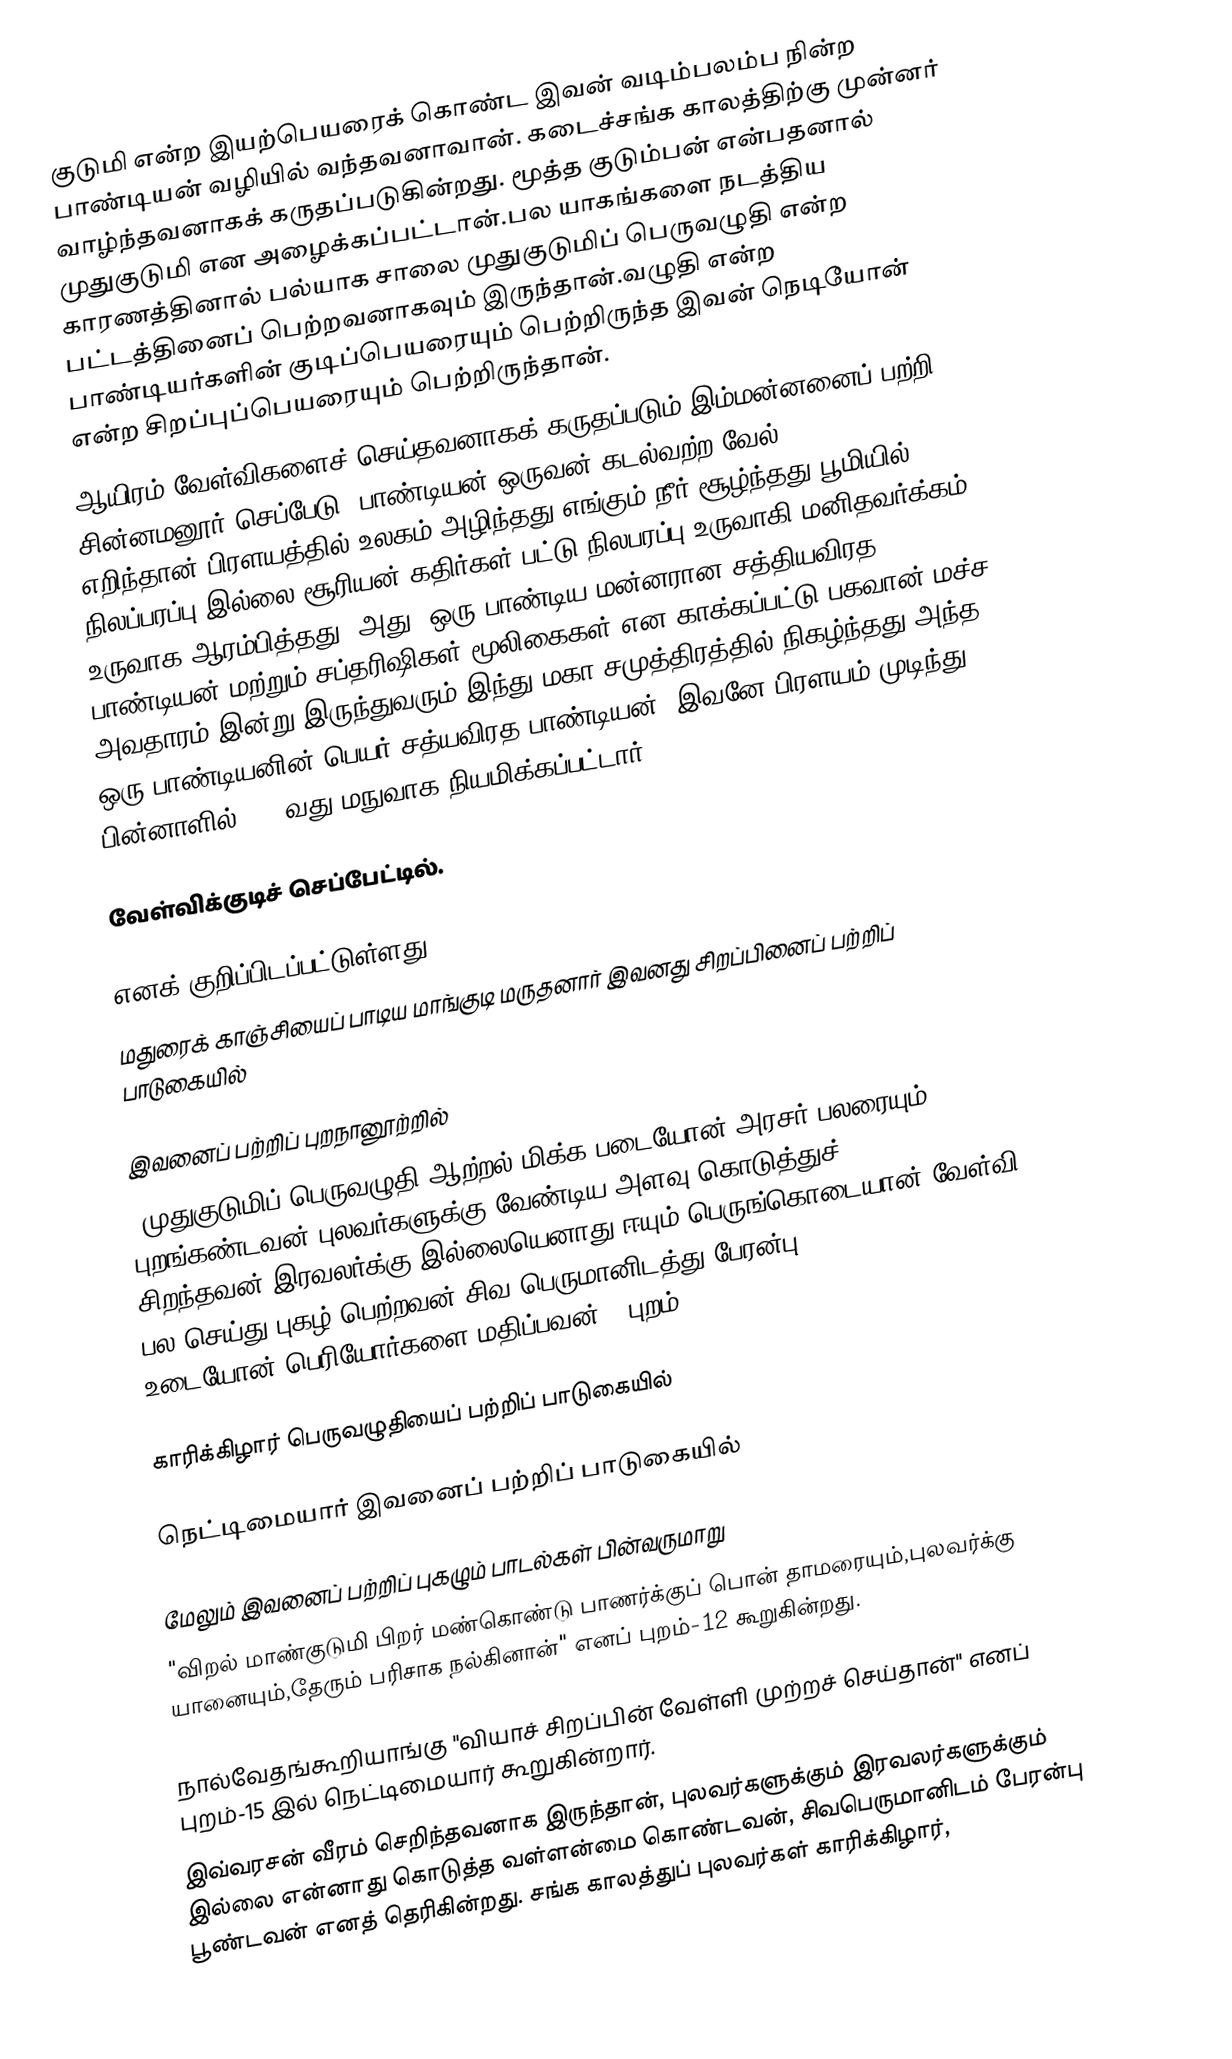
குடுமி என்ற இயற்பெயரைக் கொண்ட இவன் வடிம்பலம்ப நின்ற பாண்டியன் வழியில் வந்தவனாவான். கடைச்சங்க காலத்திற்கு முன்னர் வாழ்ந்தவனாகக் கருதப்படுகின்றது. மூத்த குடும்பன் என்பதனால் முதுகுடுமி என அழைக்கப்பட்டான்.பல யாகங்களை நடத்திய காரணத்தினால் பல்யாக சாலை முதுகுடுமிப் பெருவழுதி என்ற பட்டத்தினைப் பெற்றவனாகவும் இருந்தான்.வழுதி என்ற பாண்டியர்களின் குடிப்பெயரையும் பெற்றிருந்த இவன் நெடியோன் என்ற சிறப்புப்பெயரையும் பெற்றிருந்தான்.
ஆயிரம் வேள்விகளைச் செய்தவனாகக் கருதப்படும் இம்மன்னனைப் பற்றி சின்னமனூர் செப்பேடு "பாண்டியன் ஒருவன் கடல்வற்ற வேல் எறிந்தான்.பிரளயத்தில் உலகம் அழிந்தது.எங்கும் நீர் சூழ்ந்தது.பூமியில் நிலப்பரப்பு இல்லை.சூரியன் கதிர்கள் பட்டு நிலபரப்பு உருவாகி மனிதவர்க்கம் உருவாக ஆரம்பித்தது. அது, ஒரு பாண்டிய மன்னரான சத்தியவிரத பாண்டியன் மற்றும் சப்தரிஷிகள் மூலிகைகள் என காக்கப்பட்டு பகவான் மச்ச அவதாரம் இன்று இருந்துவரும் இந்து மகா சமுத்திரத்தில் நிகழ்ந்தது.அந்த ஒரு பாண்டியனின் பெயர் சத்யவிரத பாண்டியன். இவனே,பிரளயம் முடிந்து பின்னாளில், 7- வது மநுவாக நியமிக்கப்பட்டார்.

வேள்விக்குடிச் செப்பேட்டில்.

எனக் குறிப்பிடப்பட்டுள்ளது.
மதுரைக் காஞ்சியைப் பாடிய மாங்குடி மருதனார் இவனது சிறப்பினைப் பற்றிப் பாடுகையில்

இவனைப் பற்றிப் புறநானூற்றில்
"முதுகுடுமிப் பெருவழுதி ஆற்றல் மிக்க படையோன்;அரசர் பலரையும் புறங்கண்டவன்;புலவர்களுக்கு வேண்டிய அளவு கொடுத்துச் சிறந்தவன்;இரவலர்க்கு இல்லையெனாது ஈயும் பெருங்கொடையான்;வேள்வி பல செய்து புகழ் பெற்றவன்;சிவ பெருமானிடத்து பேரன்பு உடையோன்;பெரியோர்களை மதிப்பவன்" (புறம்-6,9,12,15,64)

காரிக்கிழார் பெருவழுதியைப் பற்றிப் பாடுகையில்

நெட்டிமையார் இவனைப் பற்றிப் பாடுகையில்

மேலும் இவனைப் பற்றிப் புகழும் பாடல்கள் பின்வருமாறு
"விறல் மாண்குடுமி பிறர் மண்கொண்டு பாணர்க்குப் பொன் தாமரையும்,புலவர்க்கு யானையும்,தேரும் பரிசாக நல்கினான்" எனப் புறம்-12 கூறுகின்றது.

நால்வேதங்கூறியாங்கு "வியாச் சிறப்பின் வேள்ளி முற்றச் செய்தான்" எனப் புறம்-15 இல் நெட்டிமையார் கூறுகின்றார்.
இவ்வரசன் வீரம் செறிந்தவனாக இருந்தான், புலவர்களுக்கும் இரவலர்களுக்கும் இல்லை என்னாது கொடுத்த வள்ளன்மை கொண்டவன், சிவபெருமானிடம் பேரன்பு பூண்டவன் எனத் தெரிகின்றது. சங்க காலத்துப் புலவர்கள் காரிக்கிழார்,